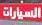
السيارات